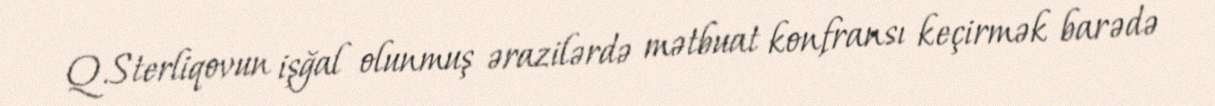
Q.Sterliqovun işğal olunmuş ərazilərdə mətbuat konfransı keçirmək barədə